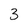
Character: 3